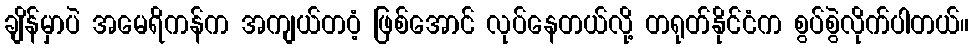
ချိန်မှာပဲ အမေရိကန်က အကျယ်တဝံ့ ဖြစ်အောင် လုပ်နေတယ်လို့ တရုတ်နိုင်ငံက စွပ်စွဲလိုက်ပါတယ်။